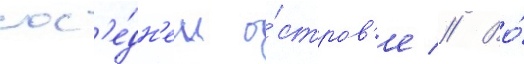
сос'е́дн'ем о́стров'е // Во́